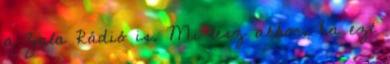
a Zala Rádió is. Mi lesz akkor, ha ezt